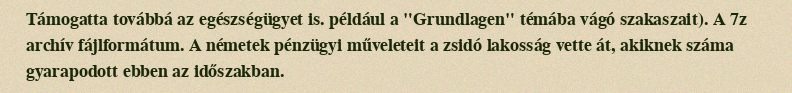
Támogatta továbbá az egészségügyet is. például a "Grundlagen" témába vágó szakaszait). A 7z archív fájlformátum. A németek pénzügyi műveleteit a zsidó lakosság vette át, akiknek száma gyarapodott ebben az időszakban.